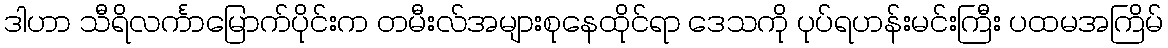
ဒါဟာ သီရိလင်္ကာမြောက်ပိုင်းက တမီးလ်အများစုနေထိုင်ရာ ဒေသကို ပုပ်ရဟန်းမင်းကြီး ပထမအကြိမ်